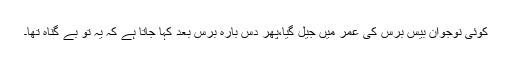
کوئی نوجوان بیس برس کی عمر میں جیل گیا،پھر دس بارہ برس بعد کہا جاتا ہے کہ یہ تو بے گناہ تھا۔